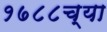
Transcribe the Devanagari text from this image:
१७८८च्या